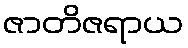
ဇာတိဇရာယ